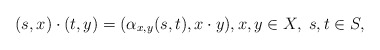
\begin{align*}(s,x)\cdot (t,y)=(\alpha_{x,y}(s,t),x\cdot y), x,y\in X,\;s,t\in S, \end{align*}